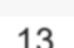
13